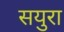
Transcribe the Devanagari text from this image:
सयुरा